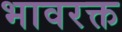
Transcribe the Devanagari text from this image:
भावरक्त